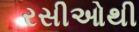
રસીઓથી